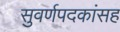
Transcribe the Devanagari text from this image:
सुवर्णपदकांसह